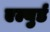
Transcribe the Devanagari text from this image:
एल्युर्ड